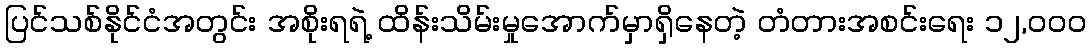
ပြင်သစ်နိုင်ငံအတွင်း အစိုးရရဲ့ ထိန်းသိမ်းမှုအောက်မှာရှိနေတဲ့ တံတားအစင်းရေး ၁၂,၀၀၀